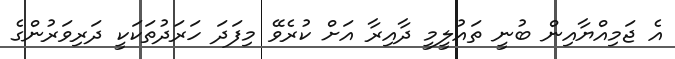
އެ ޖަމިއްޔާއިން ބުނީ ތައުލީމީ ދާއިރާ އަށް ކުރެވޭ މިފަދަ ހަރަދުތަކަކީ ދަރިވަރުންގެ